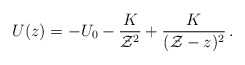
\begin{align*}U(z) = -U_0 -{K \over {\cal Z}^2} + {K \over ({\cal Z}-z)^2}\,.\end{align*}